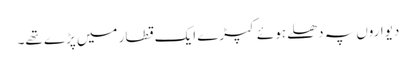
دیواروں پہ دھلے ہوئے کپڑے ایک قطار میں پڑے تھے۔